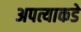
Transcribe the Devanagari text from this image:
अपत्याकडे